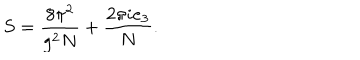
S = \frac { 8 \pi ^ { 2 } } { g ^ { 2 } N } + \frac { 2 \pi i e _ { 3 } } { N } .